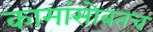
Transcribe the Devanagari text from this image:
कामांसोबतच